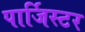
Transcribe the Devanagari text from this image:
पार्जिस्टर